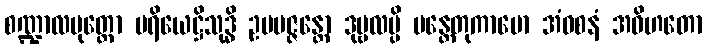
စဏ္ဍာလပုတ္တော ပရိယေဋ္ဌိသုဒ္ဓိ ဥပပဇ္ဇန္တော ဒုဗ္ဗလမ္ပိ မန္တေတုကာမော အံဝစနံ အဝိဟတော